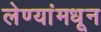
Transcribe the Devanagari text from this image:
लेण्यांमधून